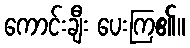
ကောင်းချီး ပေးကြ၏။